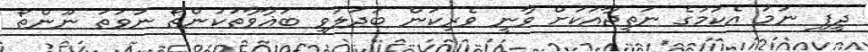
ދީފި ނަމަ އެކަމުގެ ނަތީޖާއަކަށް ވާނީ ވެރިކަން ބަދަލުވީ ބަޣާވާތަކުންތޯ ނުވަތަ ނޫންތޯ